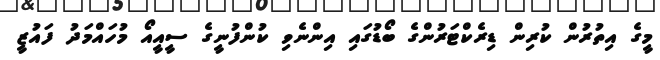
މީގެ އިތުރުން ކުރިން ޑިރެކްޓަރުންގެ ބޯޑުގައި އިންނެވި ކުންފުނީގެ ސީއީއޯ މުހައްމަދު ފައުޒީ